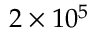
2 \times 1 0 ^ { 5 }